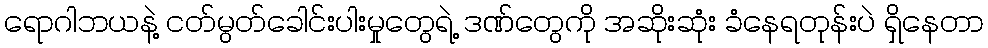
ရောဂါဘယနဲ့ ငတ်မွတ်ခေါင်းပါးမှုတွေရဲ့ ဒဏ်တွေကို အဆိုးဆုံး ခံနေရတုန်းပဲ ရှိနေတာ